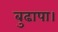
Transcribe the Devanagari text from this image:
बुढापा।